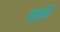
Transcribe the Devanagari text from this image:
पहंडी